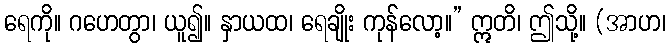
ရေကို။ ဂဟေတွာ၊ ယူ၍။ နှာယထ၊ ရေချိုး ကုန်လော့။” ဣတိ၊ ဤသို့။ (အာဟ၊